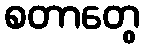
စတာတွေ